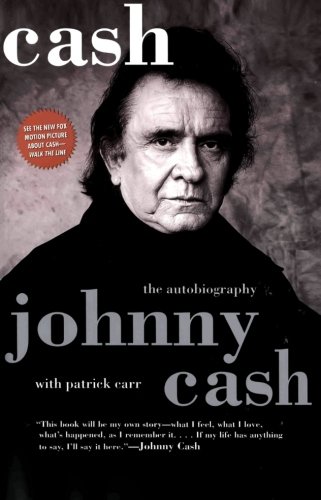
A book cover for Cash: The Autobiography; Johnny Cash; Humor & Entertainment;